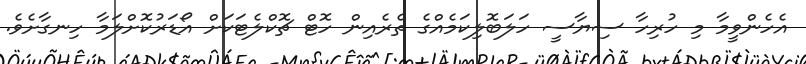
އެހެންވީމާ މި ހުރިހާ ސިޔާސީ ހަލަބޮލިކަމެއްގެ ތެރެއިން ހޮޓް ޗޮކްލެޓަކަށް އޯޑަރުކޮށްލަމާ ހިނގާށެވެ.